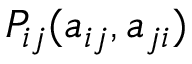
P _ { i j } ( a _ { i j } , a _ { j i } )